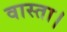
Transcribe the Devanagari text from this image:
वास्ता।